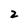
Character: 2